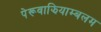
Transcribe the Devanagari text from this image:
पेरूवाझियाम्बलम